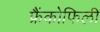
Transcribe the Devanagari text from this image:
फ्रैंकोफिली